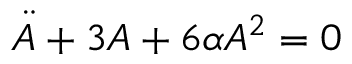
\ddot { A } + 3 A + 6 \alpha A ^ { 2 } = 0